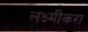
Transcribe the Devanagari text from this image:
लक्ष्मींकरा